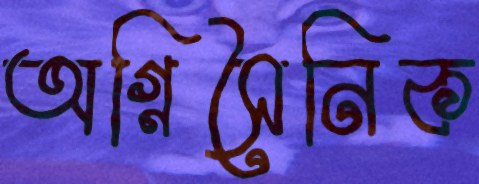
অগ্নিসৈনিক